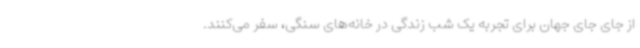
از جای جای جهان برای تجربه یک شب زندگی در خانه‌های سنگی، سفر می‌کنند.